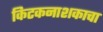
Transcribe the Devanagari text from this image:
किटकनाशकाचा